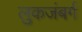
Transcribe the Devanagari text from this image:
लुकजंबर्ग